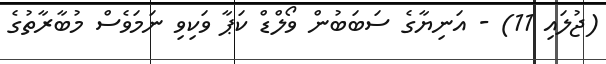
(ޖުލައި 11) - އަނިޔާގެ ސަބަބުން ވޯލްޑް ކަޕާ ވަކިވި ނަމަވެސް މުބާރާތުގެ